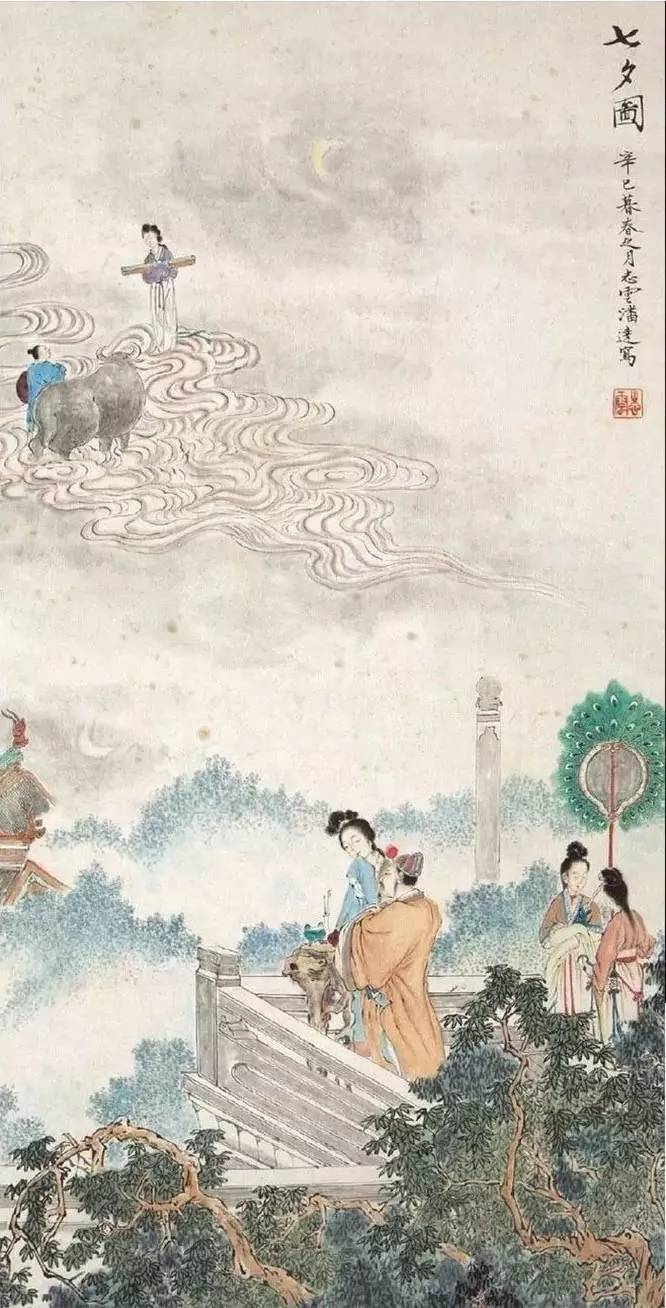
明朝且做莫思量，如何过得今宵去。